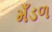
મઁડળ